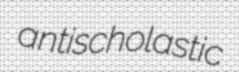
antischolastic